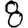
Digit: 8